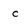
Character: c